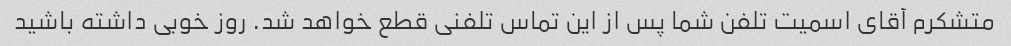
متشکرم آقای اسمیت تلفن شما پس از این تماس تلفنی قطع خواهد شد. روز خوبی داشته باشید